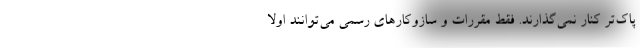
پاک‌تر کنار نمی‌گذارند. فقط مقررات و سازوکارهای رسمی می‌توانند اولاً